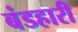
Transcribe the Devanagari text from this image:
बंडहारी